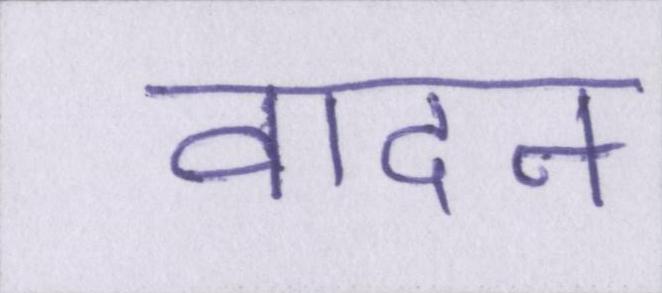
वादन